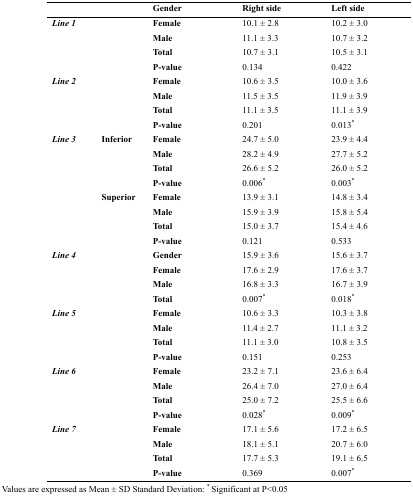
<table><thead><tr><td colspan="2">[EMPTY_CELL]</td><td><b>Gender</b></td><td><b>Right side</b></td><td><b>Left side</b></td></tr></thead><tbody><tr><td colspan="2" rowspan="4"><b><i>Line 1</i></b></td><td><b>Female</b></td><td>10.1 ± 2.8</td><td>10.2 ± 3.0</td></tr><tr><td><b>Male</b></td><td>11.1 ± 3.3</td><td>10.7 ± 3.2</td></tr><tr><td><b>Total</b></td><td>10.7 ± 3.1</td><td>10.5 ± 3.1</td></tr><tr><td><b>P-value</b></td><td>0.134</td><td>0.422</td></tr><tr><td colspan="2" rowspan="4"><b><i>Line 2</i></b></td><td><b>Female</b></td><td>10.6 ± 3.5</td><td>10.0 ± 3.6</td></tr><tr><td><b>Male</b></td><td>11.5 ± 3.5</td><td>11.9 ± 3.9</td></tr><tr><td><b>Total</b></td><td>11.1 ± 3.5</td><td>11.1 ± 3.9</td></tr><tr><td><b>P-value</b></td><td>0.201</td><td>0.013*</td></tr><tr><td rowspan="8"><b><i>Line 3</i></b></td><td rowspan="4"><b>Inferior</b></td><td><b>Female</b></td><td>24.7 ± 5.0</td><td>23.9 ± 4.4</td></tr><tr><td><b>Male</b></td><td>28.2 ± 4.9</td><td>27.7 ± 5.2</td></tr><tr><td><b>Total</b></td><td>26.6 ± 5.2</td><td>26.0 ± 5.2</td></tr><tr><td><b>P-value</b></td><td>0.006*</td><td>0.003*</td></tr><tr><td rowspan="4"><b>Superior</b></td><td><b>Female</b></td><td>13.9 ± 3.1</td><td>14.8 ± 3.4</td></tr><tr><td><b>Male</b></td><td>15.9 ± 3.9</td><td>15.8 ± 5.4</td></tr><tr><td><b>Total</b></td><td>15.0 ± 3.7</td><td>15.4 ± 4.6</td></tr><tr><td><b>P-value</b></td><td>0.121</td><td>0.533</td></tr><tr><td colspan="2" rowspan="4"><b><i>Line 4</i></b></td><td><b>Gender</b></td><td>15.9 ± 3.6</td><td>15.6 ± 3.7</td></tr><tr><td><b>Female</b></td><td>17.6 ± 2.9</td><td>17.6 ± 3.7</td></tr><tr><td><b>Male</b></td><td>16.8 ± 3.3</td><td>16.7 ± 3.9</td></tr><tr><td><b>Total</b></td><td>0.007*</td><td>0.018*</td></tr><tr><td colspan="2" rowspan="4"><b><i>Line 5</i></b></td><td><b>Female</b></td><td>10.6 ± 3.3</td><td>10.3 ± 3.8</td></tr><tr><td><b>Male</b></td><td>11.4 ± 2.7</td><td>11.1 ± 3.2</td></tr><tr><td><b>Total</b></td><td>11.1 ± 3.0</td><td>10.8 ± 3.5</td></tr><tr><td><b>P-value</b></td><td>0.151</td><td>0.253</td></tr><tr><td colspan="2" rowspan="4"><b><i>Line 6</i></b></td><td><b>Female</b></td><td>23.2 ± 7.1</td><td>23.6 ± 6.4</td></tr><tr><td><b>Male</b></td><td>26.4 ± 7.0</td><td>27.0 ± 6.4</td></tr><tr><td><b>Total</b></td><td>25.0 ± 7.2</td><td>25.5 ± 6.6</td></tr><tr><td><b>P-value</b></td><td>0.028*</td><td>0.009*</td></tr><tr><td colspan="2" rowspan="4"><b><i>Line 7</i></b></td><td><b>Female</b></td><td>17.1 ± 5.6</td><td>17.2 ± 6.5</td></tr><tr><td><b>Male</b></td><td>18.1 ± 5.1</td><td>20.7 ± 6.0</td></tr><tr><td><b>Total</b></td><td>17.7 ± 5.3</td><td>19.1 ± 6.5</td></tr><tr><td><b>P-value</b></td><td>0.369</td><td>0.007*</td></tr></tbody></table>